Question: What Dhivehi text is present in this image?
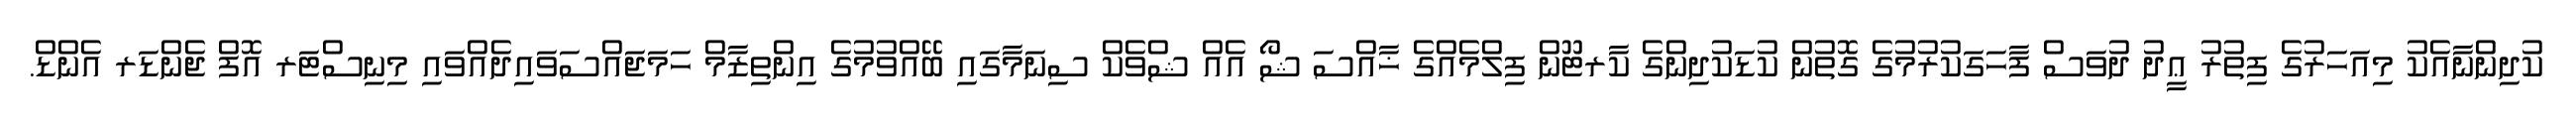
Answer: ކުދިންނާއެކު މިއަހަރުގެ ފިތުރު ޢީދު ދުވަސް ފާހަގަކުރުމުގެ ގޮތުން ކުޑަކުދިންގެ ކާރޓޫން ފިލްމެއްގެ ޚާއްސަ ޝޯ އެއް ޝްވެކް ސިނަމާގައި ބޭއްވުމުގެ އިންތިޒާމް ހަމަޖައްސަވައިދެއްވައި މިނިސްޓަރ އޮފް ޖެންޑަރ އެންޑް.